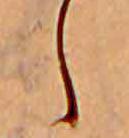
し